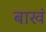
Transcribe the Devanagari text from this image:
बाखं